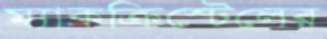
ম্যাকক্রিস্টেলের